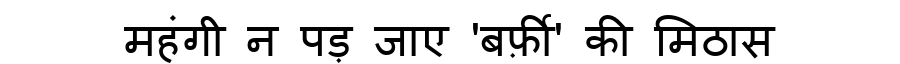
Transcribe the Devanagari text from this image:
महंगी न पड़ जाए 'बर्फ़ी' की मिठास